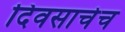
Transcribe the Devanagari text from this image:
दिवसाचेच